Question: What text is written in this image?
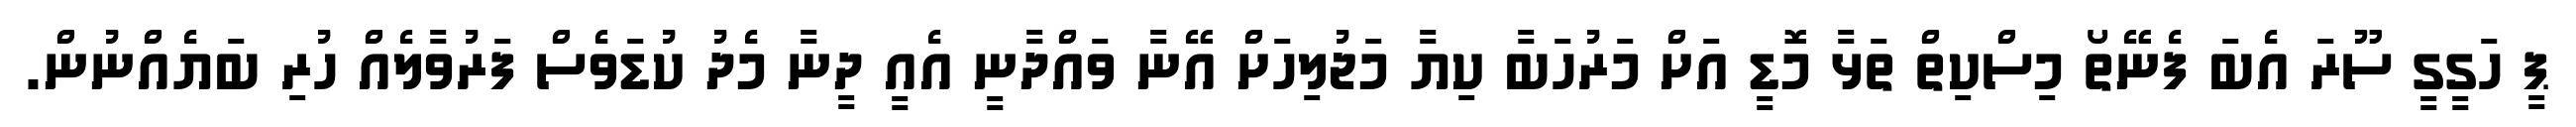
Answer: ޕީ ހަގީގީ ސޫރަ އެބަ ފެނޭތޯ މިސްކިތް ތަޅާ މޮޑީ އަށް މަރުހަބާ ކިޔާ މަޖުލިހަށް އޭނާ ވައްދާނީ އެއީ ދީނާ މެދު ކުޑަވެސް ފަރުވާލެއް ހުރި ބަޔެއްނުން.